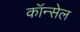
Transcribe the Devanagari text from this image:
कॉन्सेल